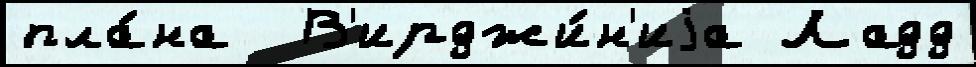
пла́на  В'ирджи́н'иjа Ладд